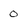
Character: 0